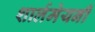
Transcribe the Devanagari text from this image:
शार्लमेयनी